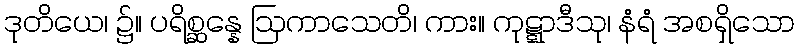
ဒုတိယေ၊ ၌။ ပရိစ္ဆန္နေ ဩကာသေတိ၊ ကား။ ကုဋ္ဋာဒီသု၊ နံရံ အစရှိသော